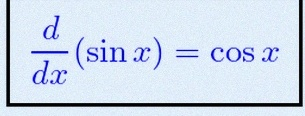
\frac{d}{dx}(\sin x)=\cos x